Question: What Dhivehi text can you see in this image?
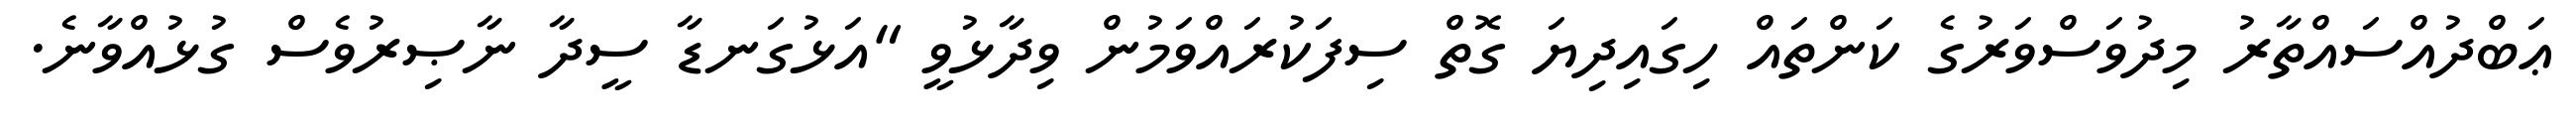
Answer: ޢަބްދުއްސައްތާރު މިދުވަސްވަރުގެ ކަންތައް ހިގައިދިޔަ ގޮތް ސިފަކުރައްވަމުން ވިދާޅުވީ "އަޅުގަނޑާ ސީދާ ނާޞިރުވެސް ގުޅުއްވާނެ.